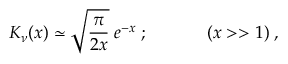
K _ { \nu } ( x ) \simeq \sqrt { \frac { \pi } { 2 x } } \; e ^ { - x } \; ; \; \; \; \; \; \; \; \; \; \; \; \; ( x > > 1 ) \; ,